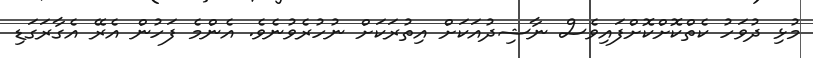
މުޅި ދުވަހު ކެތްކޮށްކޮށްފައިވެސް ނާޝިދުއަކަށް އިތުރަކަށް ނުހުރެވުނެވެ. އެންމެ ފަހުން އެރޭ އެގާރަގަޑި